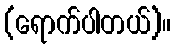
(ရောက်ပါတယ်)။